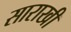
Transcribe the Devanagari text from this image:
साराखी